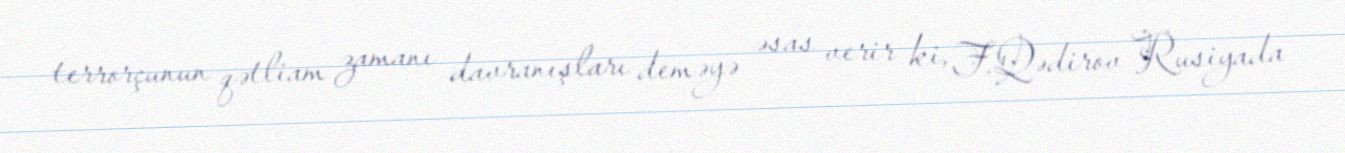
terrorçunun qətliam zamanı davranışları deməyə əsas verir ki, F.Qədirov Rusiyada